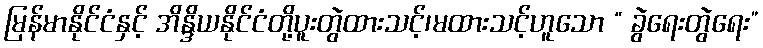
မြန်မာနိုင်ငံနှင့် အိန္ဒိယနိုင်ငံတို့ပူးတွဲထားသင့်၊မထားသင့်ဟူသော “ ခွဲရေးတွဲရေး”